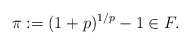
\begin{align*} \pi := (1+p)^{1/p} - 1 \in F. \end{align*}